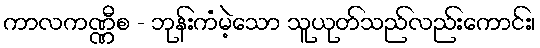
ကာလကဏ္ဏီစ - ဘုန်းကံမဲ့သော သူယုတ်သည်လည်းကောင်း၊